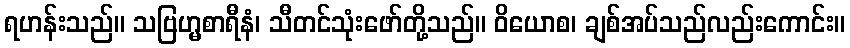
ရဟန်းသည်။ သဗြဟ္မစာရီနံ၊ သီတင်သုံးဖော်တို့သည်။ ဝိယောစ၊ ချစ်အပ်သည်လည်းကောင်း။